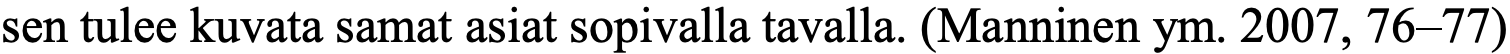
sen tulee kuvata samat asiat sopivalla tavalla. (Manninen ym. 2007, 76–77)